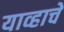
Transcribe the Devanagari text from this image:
याव्हाचें